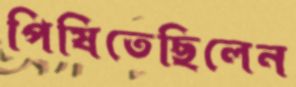
পিষিতেছিলেন